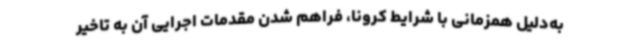
به‌دلیل همزمانی با شرایط کرونا، فراهم شدن مقدمات اجرایی آن به تاخیر